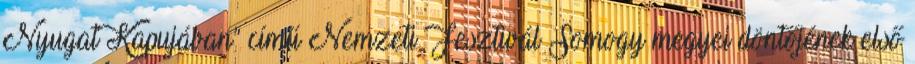
Nyugat Kapujában” című Nemzeti Fesztivál Somogy megyei döntőjének első